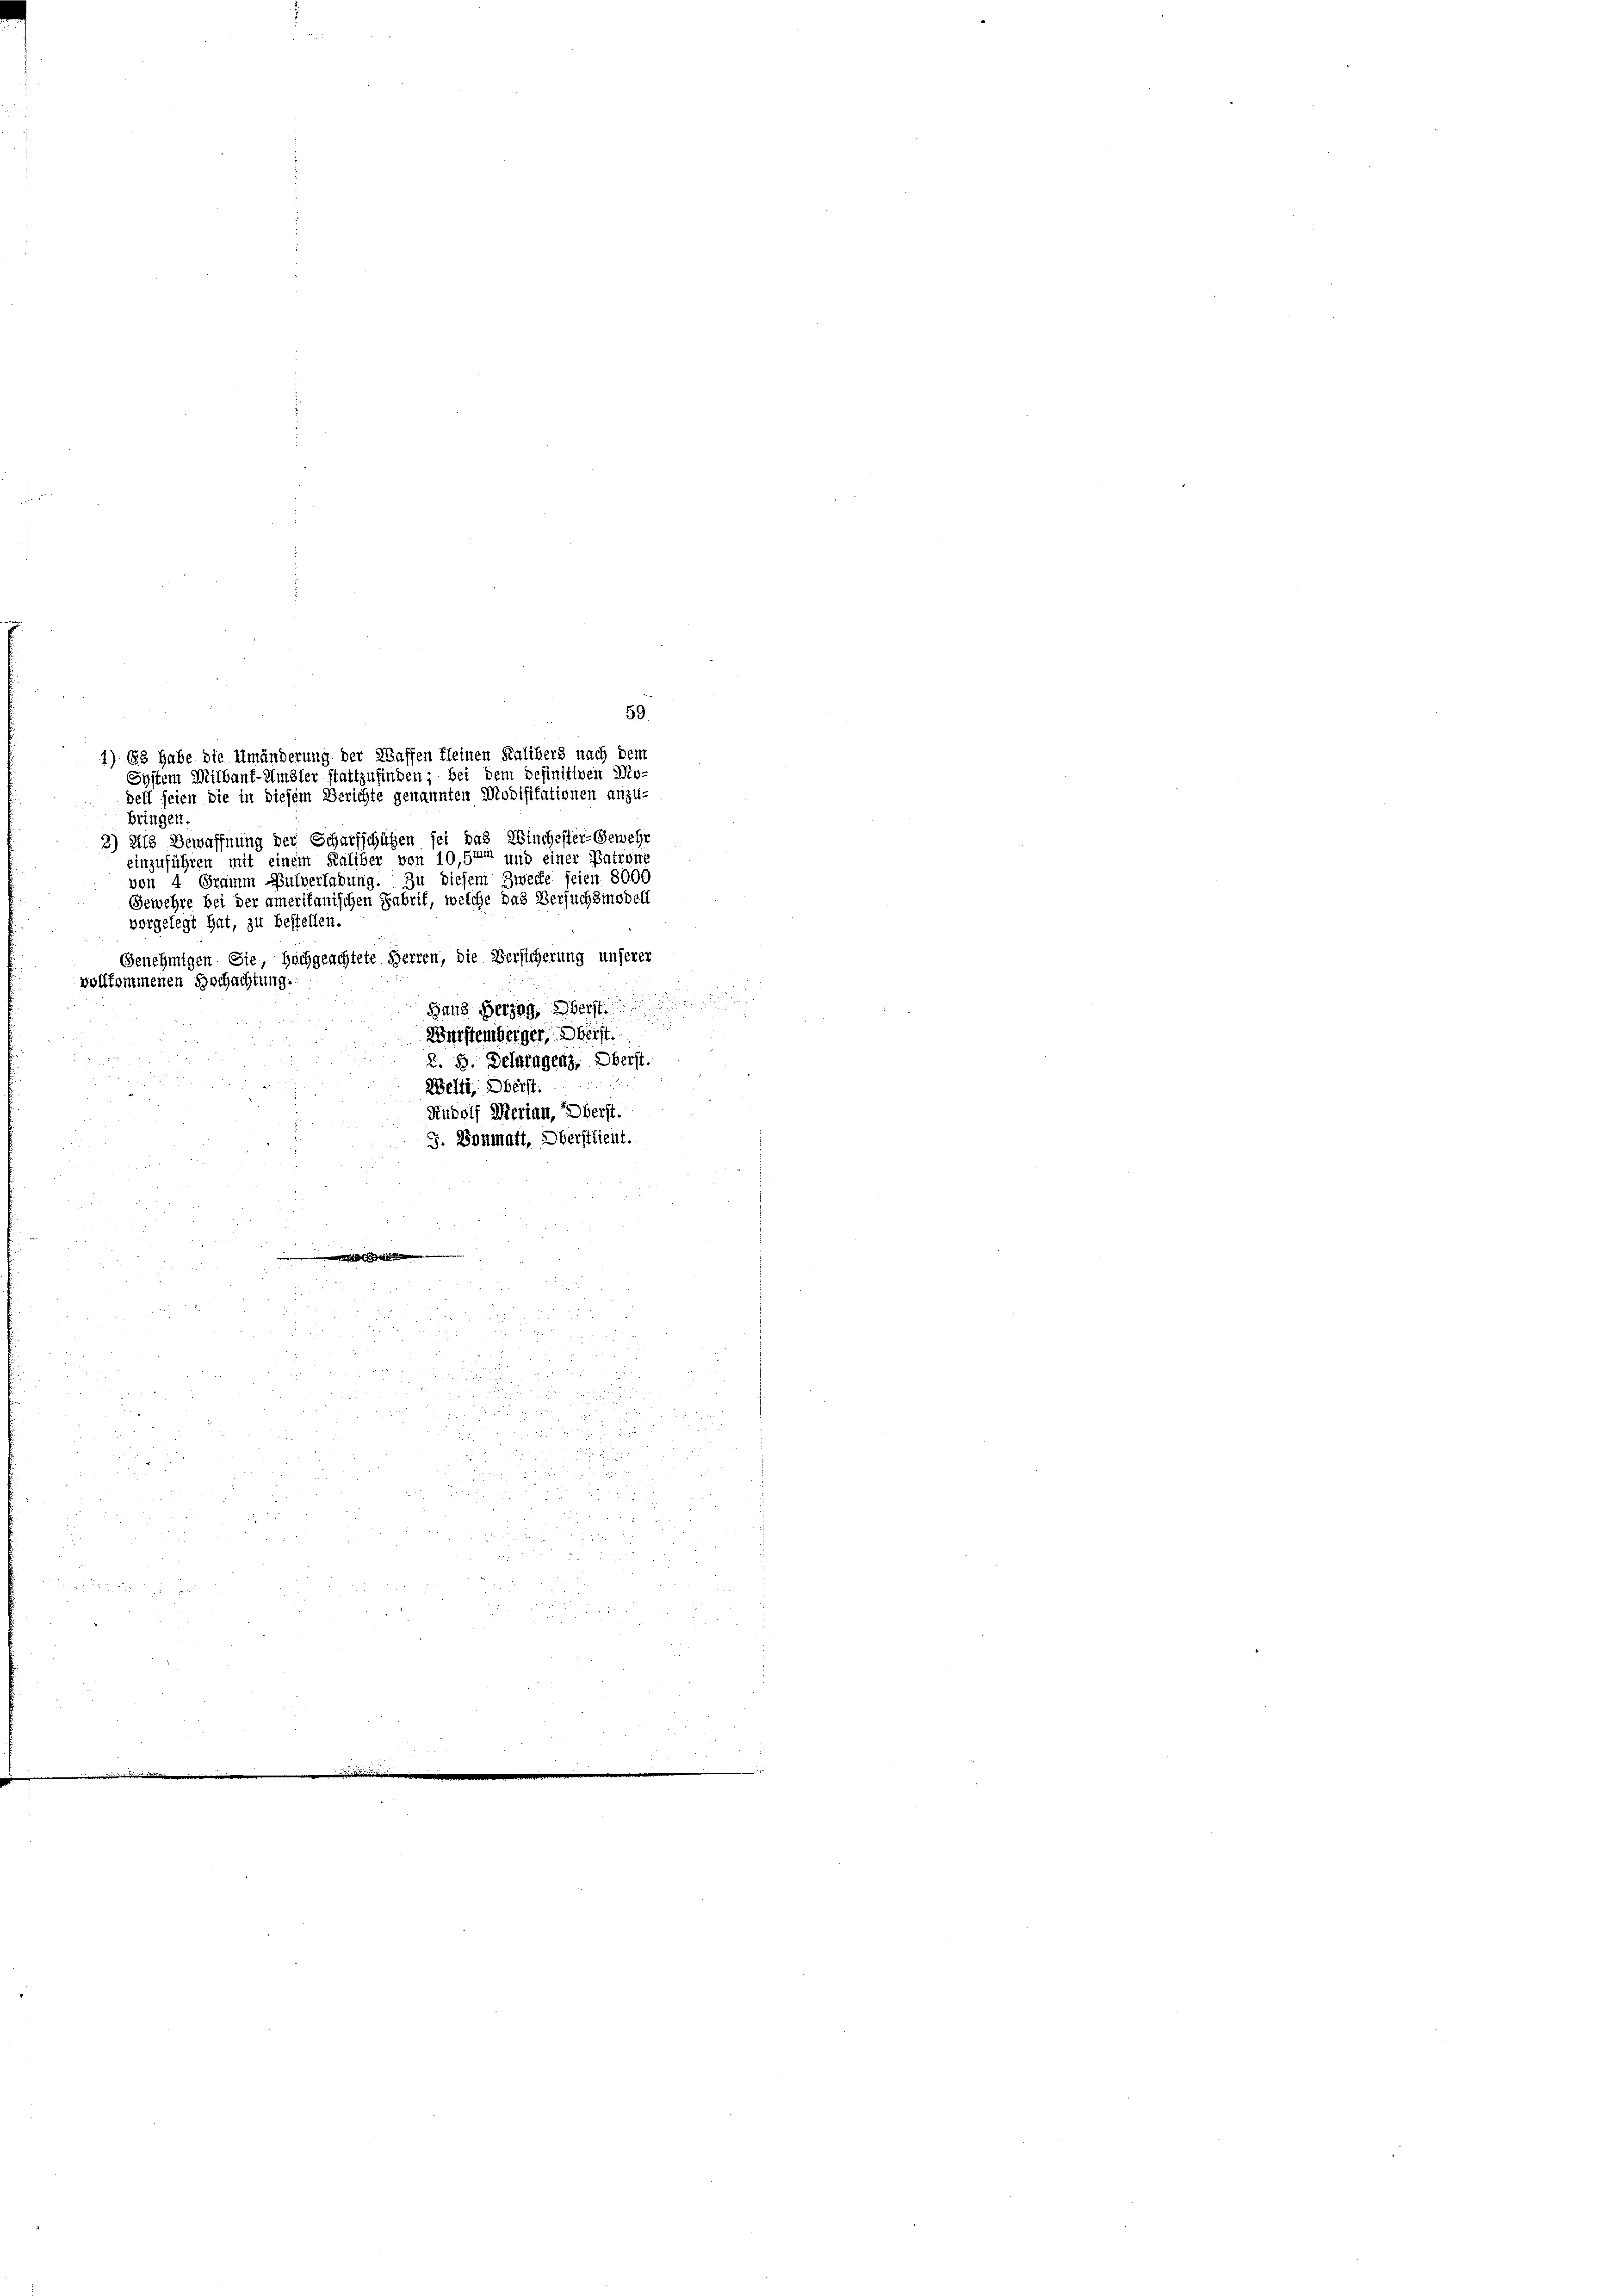
bringen.
3) Als Bewaffnung der Scharfschützen sei das Winchester-Gewehr
einzuführen mit einem Kaliber von 10,5mm und einer Patroni
von 4 Gramm Pulverladung. Zu diesem Zwecke seien 8000
Gewehre bei der amerikanischen Fabrik, welche das Versuchsmodell
vorgelegt hat, zu bestellen.
Genehmigen Sie, Hochgeachtete Herren, die Versicherung unserer
vollkommenen Hochachtung.
i
Hans Herzog. Herst
Wurstemberger, Meist.
Z. 5. Delaragenz, Oberst.
Welti, Oberst.
Rudolf Merian, Oberst.
J. Bonmatt, Oberstlieut.
e

u
u

u
c
u
n
r
5 x
1257

2
uus er

r 15 x
 2 x
3

5 x 2 2 x
.
5 f 0 x
.

x

1) 68 habe die Umänderung der Waffen kleinen Kalibers nach dem
System Milbauf-Umbler stattzufinden; bei dem definitiven Mo-
dell seien die in diesem Berichte genannten Modifikationen anzu-

59